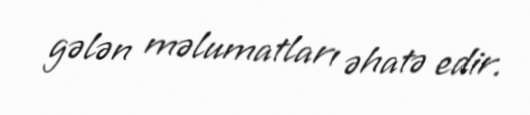
gələn məlumatları əhatə edir.